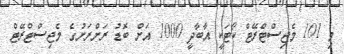
މި 101 މެޖިސްޓްރޭޓް ކޯޓަކީ އާބާދީ 1000 އަށް ބޮޑު ރަށްރަށުގެ މެޖިސްޓްރޭޓް